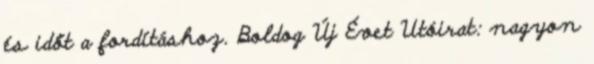
és időt a fordításhoz. Boldog Új Évet Utóirat: nagyon